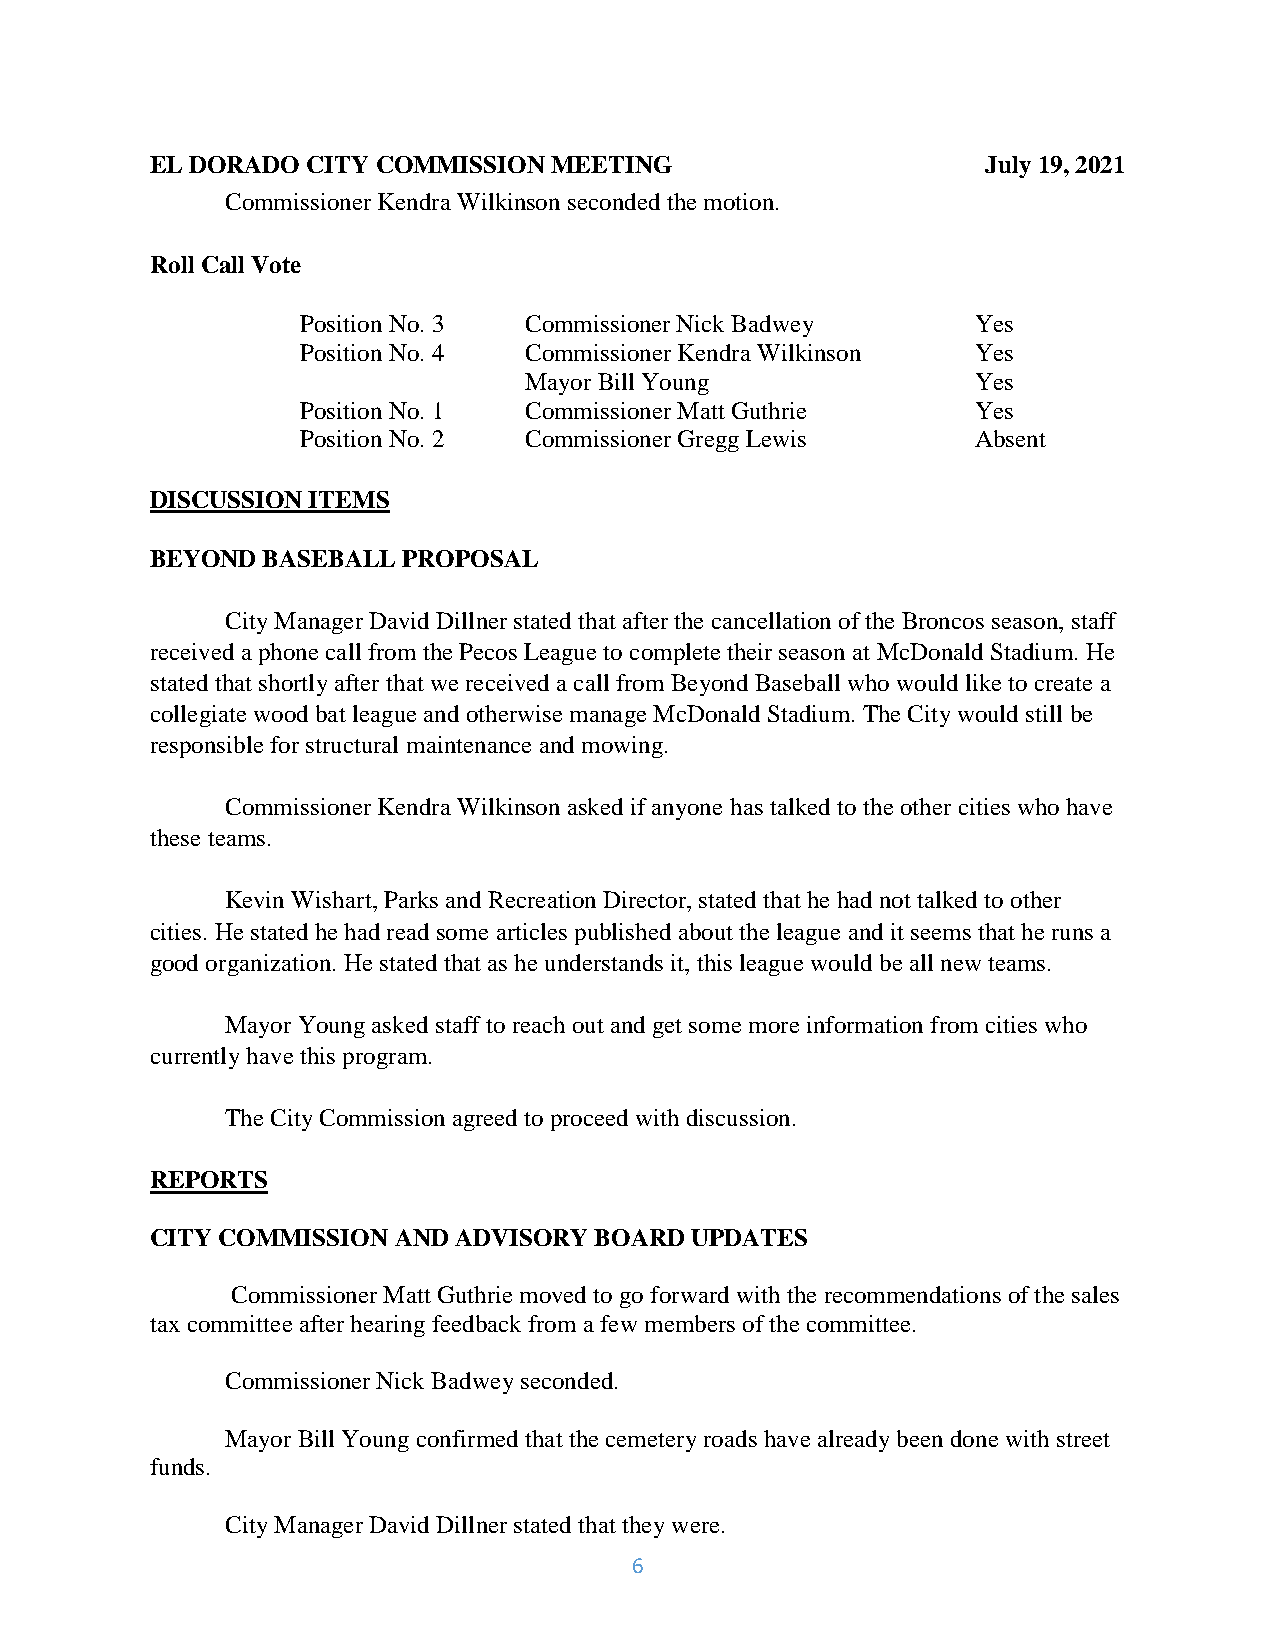
EL DORADO CITYCOMMISSIONMEETING                        July19,2021
 CommissionerKendraWilkinson secondedthemotion.
 Roll Call Vote
 PositionNo.3   CommissionerNickBadwey        Yes
 PositionNo.4   CommissionerKendraWilkinson   Yes
 MayorBill Young               Yes
 PositionNo.1   CommissionerMatt Guthrie      Yes
 PositionNo.2   CommissionerGreggLewis        Absent
 DISCUSSIONITEMS
 BEYONDBASEBALLPROPOSAL
 CityManagerDavid Dillnerstatedthat afterthe cancellationofthe Broncos season, staff
 receivedaphone call from thePecos Leaguetocompletetheirseason at McDonaldStadium.He
 statedthat shortlyafterthat wereceived acall from Beyond Baseball whowouldliketocreate a
 collegiatewoodbat leagueandotherwisemanage McDonaldStadium.The Citywouldstill be
 responsibleforstructural maintenance andmowing.
 CommissionerKendraWilkinson askedifanyone has talkedtotheother cities whohave
 theseteams.
 KevinWishart,Parks andRecreationDirector,statedthat hehadnot talkedtoother
 cities. Hestatedhehadreadsomearticles publishedabout theleagueandit seems that heruns a
 goodorganization.Hestatedthat as heunderstands it,this leaguewouldbeall newteams.
 MayorYoungaskedstaff toreachout and get somemoreinformationfrom cities who
 currentlyhavethis program.
 TheCityCommissionagreedtoproceed withdiscussion.
 REPORTS
 CITYCOMMISSIONANDADVISORYBOARDUPDATES
 CommissionerMatt Guthriemovedtogo forward withtherecommendations ofthesales
 tax committeeafterhearingfeedbackfrom afew members ofthecommittee.
 CommissionerNickBadweyseconded.
 MayorBill Youngconfirmedthat thecemeteryroads havealreadybeendonewith street
 funds.
 CityManagerDavid Dillnerstatedthat theywere.
 6